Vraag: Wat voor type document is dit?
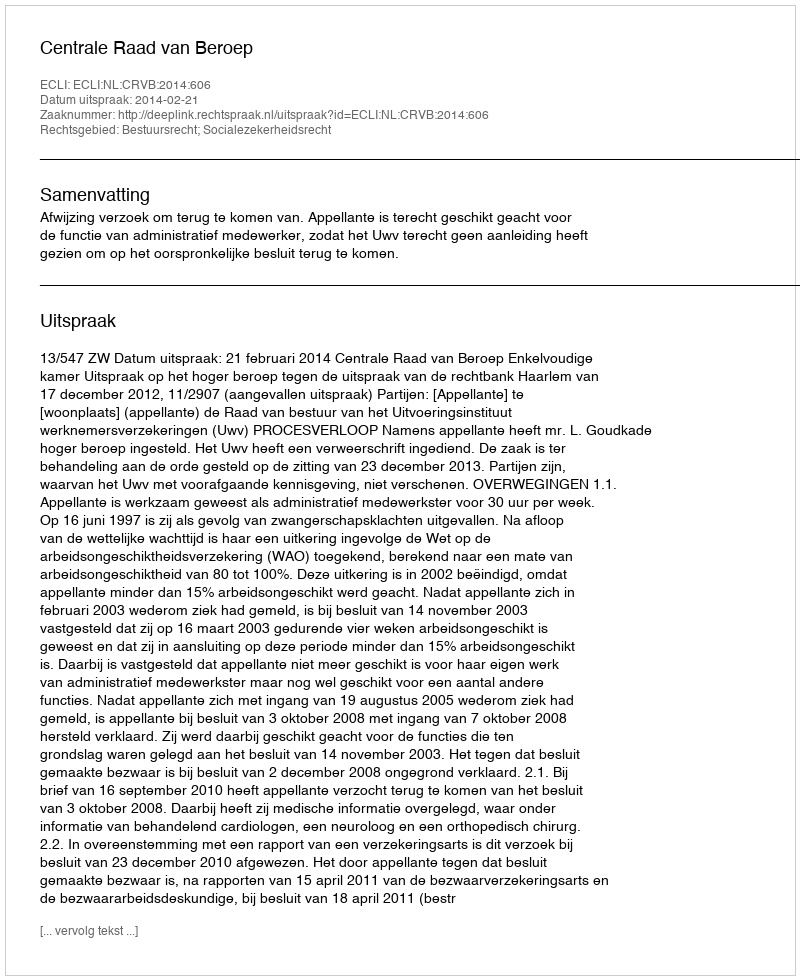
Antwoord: Uitspraak